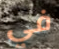
في